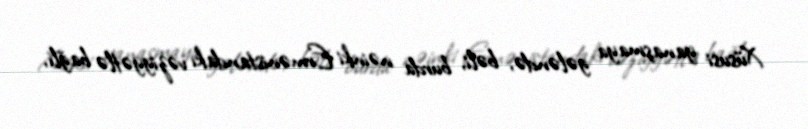
Xüsusi yanaşmaya gələndə, bəli, burda nəinki Ermənistandakı vəziyyətlə bağlı,